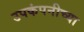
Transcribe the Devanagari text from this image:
उपकंपनीच्या